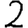
Digit: 2